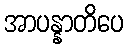
အာပန္နာတိပေ